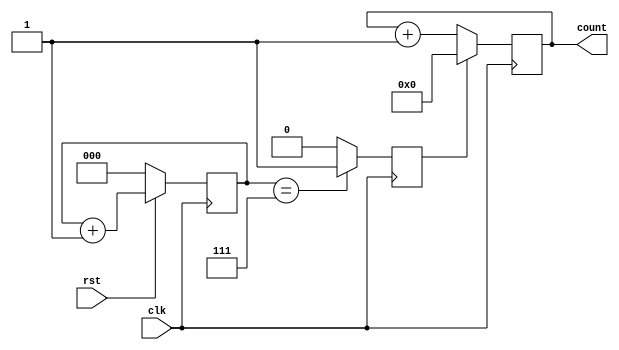
module reset_example (
    input wire clk,        // Clock input
    input wire rst,        // Reset input (active-high)
    output reg [7:0] count // 8-bit counter output
);

// Internal signals for debouncing
reg [2:0] debounce_cnt; // Debounce counter
reg rst_debounced;      // Debounced reset signal

// Debouncing logic (simple example)
always @(posedge clk) begin
    if (rst) begin
        debounce_cnt <= debounce_cnt + 1;
    end else begin
        debounce_cnt <= 3'b000; // Reset the debounce counter
    end
end

always @(posedge clk) begin
    // Debounce logic: if debounce count reaches a threshold, assert debounced reset
    if (debounce_cnt == 3'b111) begin
        rst_debounced <= 1'b1; // Assert debounced reset
    end else begin
        rst_debounced <= 1'b0; // Deassert debounced reset
    end
end

// Synchronous reset behavior
always @(posedge clk) begin
    if (rst_debounced) begin
        count <= 8'b00000000; // Reset count to 0
    end else begin
        count <= count + 1; // Increment count on clock edge
    end
end

endmodule